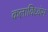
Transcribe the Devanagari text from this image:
कलाविध्वंस